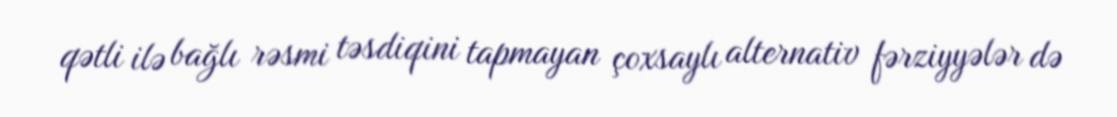
qətli ilə bağlı rəsmi təsdiqini tapmayan çoxsaylı alternativ fərziyyələr də